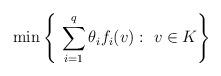
LaTeX: \begin{align*} \min \left\{ \ \sum_{i=1}^q \theta_{i}f_i(v): \ v\in K\right\}\end{align*}